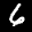
Label: 6